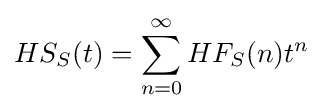
HS_{S}(t)=\sum _{n=0}^{\infty }HF_{S}(n)t^{n}